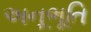
અનૂભૂતિ